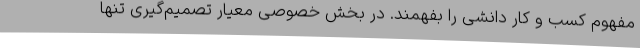
مفهوم کسب و کار دانشی را بفهمند. در بخش خصوصی معیار تصمیم‌گیری تنها